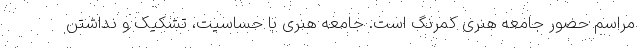
مراسم حضور جامعه هنری کمرنگ است. جامعه هنری با حساسیت، تشکیک و نداشتن